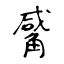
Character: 觱